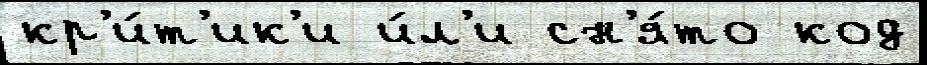
кр'и́т'ик'и и́л'и сн'я́то код